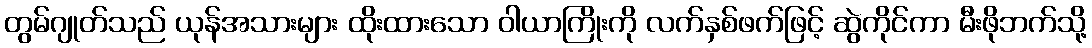
တွမ်ဂျုတ်သည် ယုန်အသားများ ထိုးထားသော ဝါယာကြိုးကို လက်နှစ်ဖက်ဖြင့် ဆွဲကိုင်ကာ မီးဖိုဘက်သို့